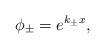
LaTeX: \begin{align*}\phi_{\pm}=e^{k_{\pm}x},\end{align*}